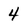
Character: 4